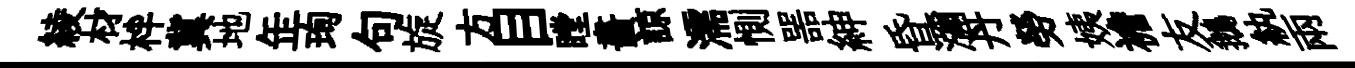
綾材柈冀地𦈢珣句旋方目瞠畵諒濡惻噐紳昏瀰丹勞姨襜友鵝紈兩